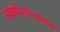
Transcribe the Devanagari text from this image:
अवषेशांवरून